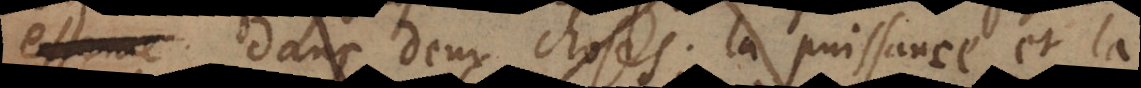
dans deux choses; la puissance et la